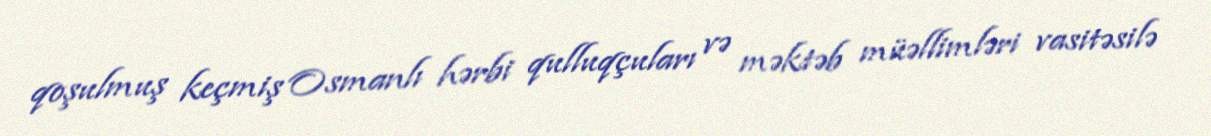
qoşulmuş keçmiş Osmanlı hərbi qulluqçuları və məktəb müəllimləri vasitəsilə